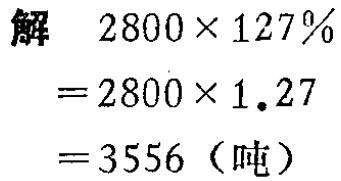
解

\[

\begin{align*}

2800\times127\%&=2800\times1.27\\

& = 3556（吨）

\end{align*}

\]